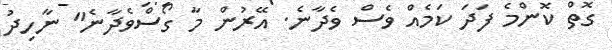
ގޮތް ކޮންމެ ފަދަ ކަމެއް ވެސް ވެދާނެ. އޭރުން މާ ގޯސްވެދާނެ" ނާހިދު